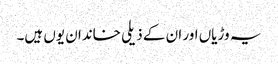
یہ وڑیاں اور ان کے ذیلی خاندان یوں ہیں۔